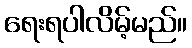
ရေးရပါလိမ့်မည်။